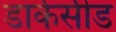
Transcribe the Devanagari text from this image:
डार्कसीड